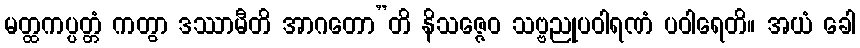
မတ္ထကပ္ပတ္တံ ကတွာ ဒဿာမီတိ အာဂတော”တိ နိသဇ္ဇေဝ သဗ္ဗညုပဝါရဏံ ပဝါရေတိ။ အယံ ခေါ